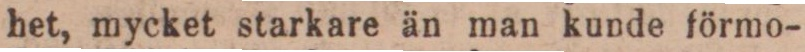
het, mycket starkare än man kunde förmo-